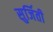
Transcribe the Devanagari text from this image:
सुर्जिती